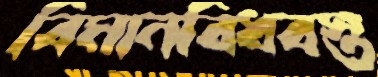
বিমানবিধ্বস্ত